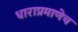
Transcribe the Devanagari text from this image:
धाराप्रमाणेच